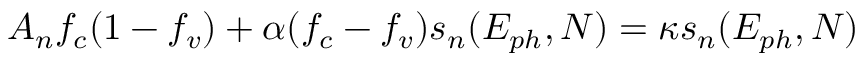
A _ { n } f _ { c } ( 1 - f _ { v } ) + \alpha ( f _ { c } - f _ { v } ) s _ { n } ( E _ { p h } , N ) = \kappa s _ { n } ( E _ { p h } , N )